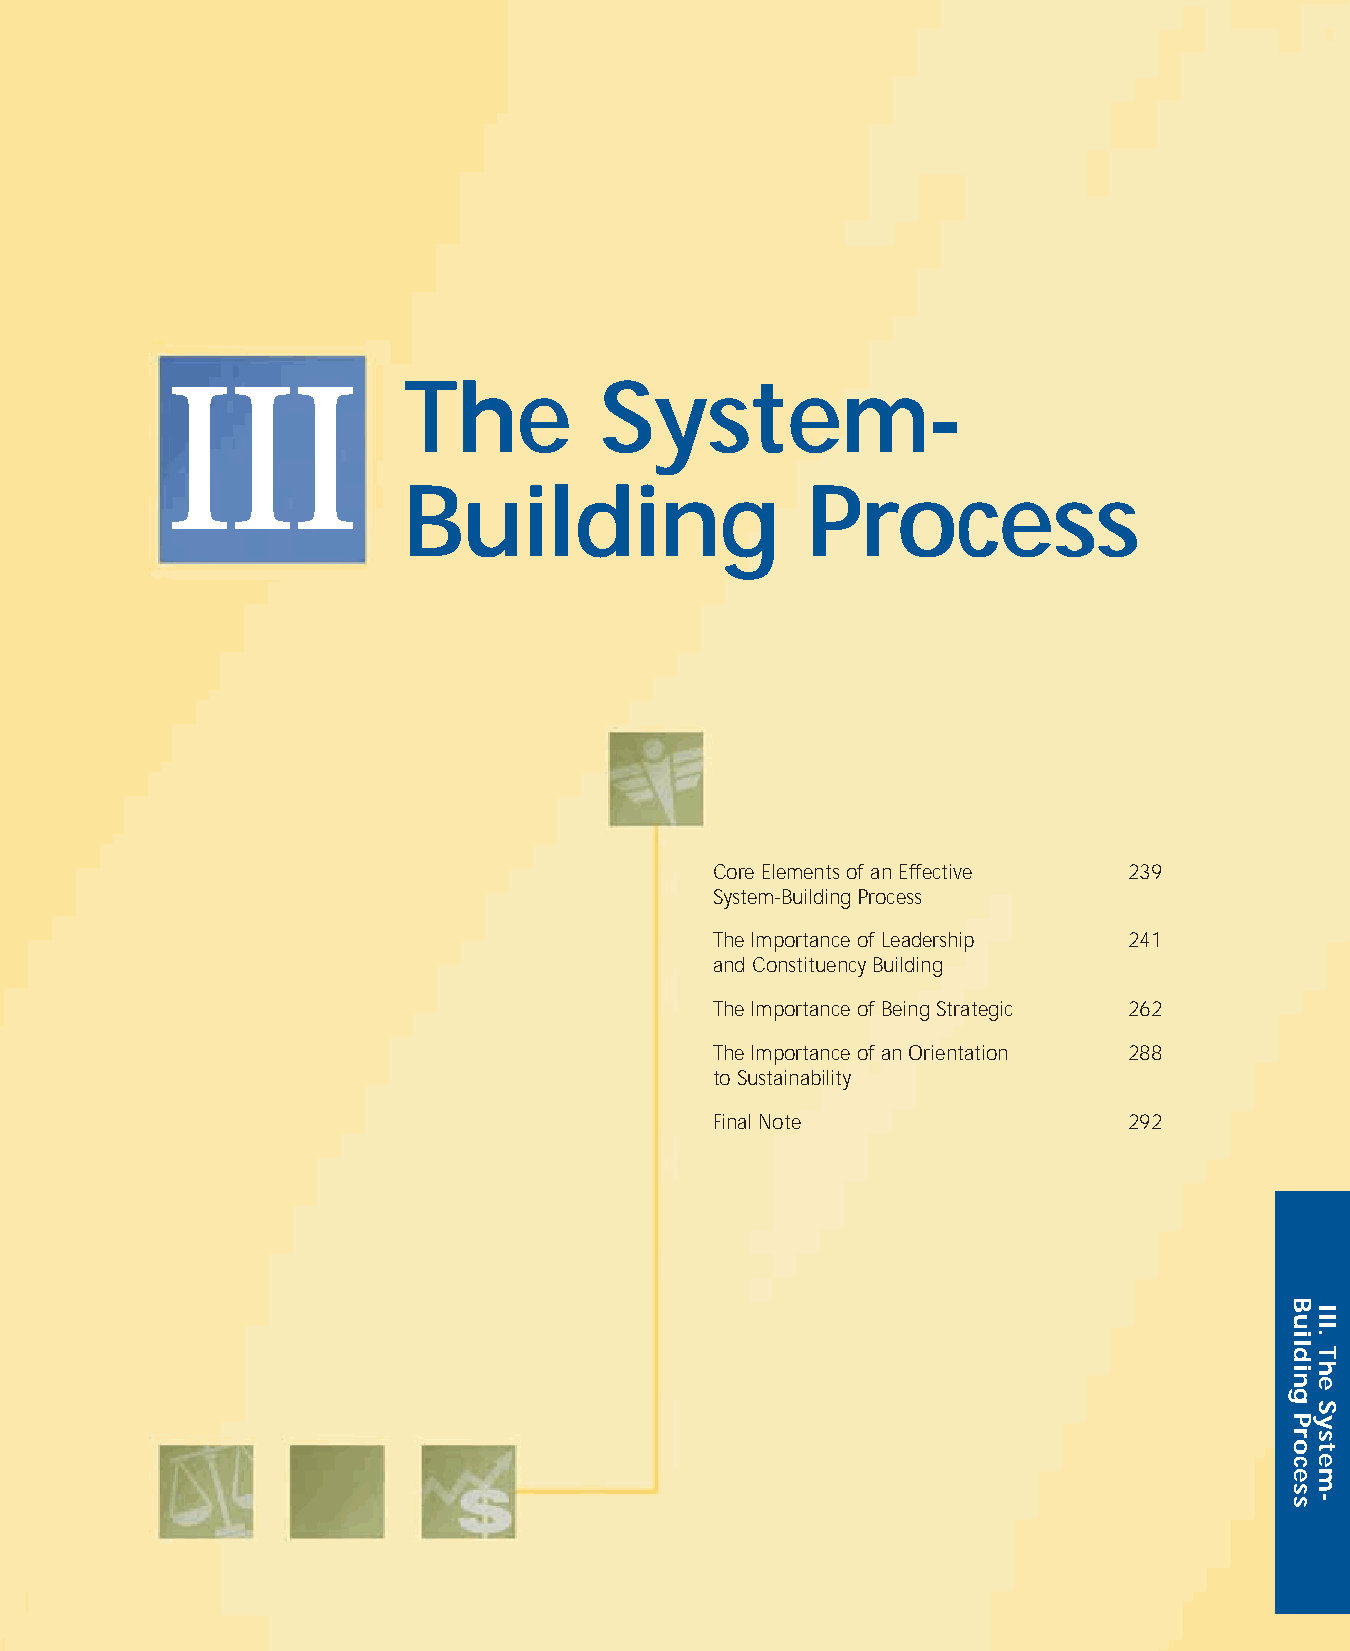
III             The          System-
 Building                  Process
 Core Elements of an Effective 239
 System-Building Process
 The Importance of Leadership 241
 and Constituency Building
 The Importance of Being Strategic 262
 The Importance of an Orientation 288
 to Sustainability
 Final Note                  292
 Building
 Process
 III.
 The
 System-